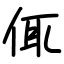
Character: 㑙